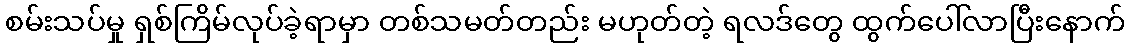
စမ်းသပ်မှု ရှစ်ကြိမ်လုပ်ခဲ့ရာမှာ တစ်သမတ်တည်း မဟုတ်တဲ့ ရလဒ်တွေ ထွက်ပေါ်လာပြီးနောက်